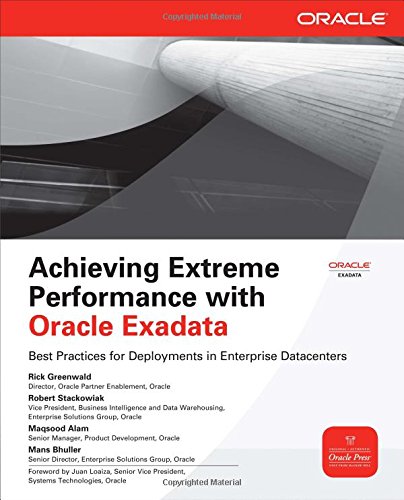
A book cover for Achieving Extreme Performance with Oracle Exadata (Oracle Press); Rick Greenwald; Computers & Technology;